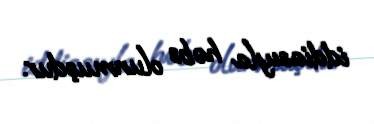
iddiasıyla həbs olunmuşdur.